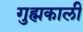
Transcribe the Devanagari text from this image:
गुह्मकाली